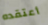
أعتقده